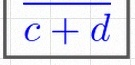
\frac{a+b}{c+d}